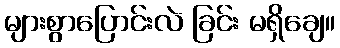
များစွာပြောင်းလဲ ခြင်း မရှိချေ။